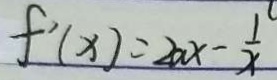
f ^ { \prime } ( x ) = 2 a x - \frac { 1 } { x }